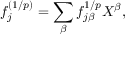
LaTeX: f _ { j } ^ { ( 1 / p ) } = \sum _ { \beta } f _ { j \beta } ^ { 1 / p } X ^ { \beta } ,